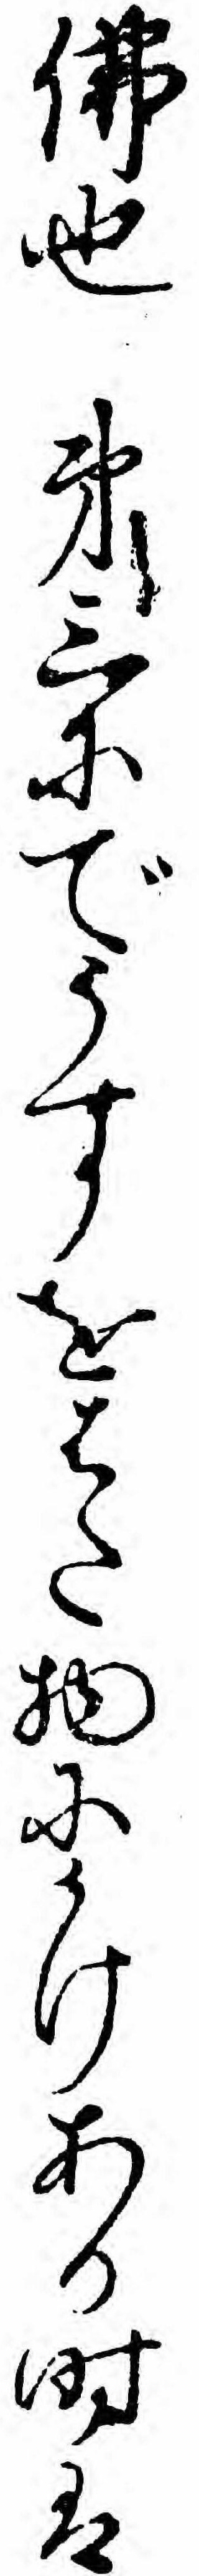
仏也第三にでうすをはた物にかけある時は